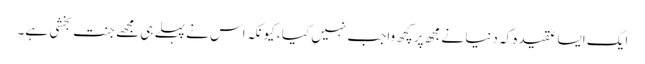
ایک ایسا عقیدہ کہ دنیا نے مجھ پر کچھ واجب نہیں کیا ، کیونکہ اس نے پہلے ہی مجھے جنت بخشی ہے۔